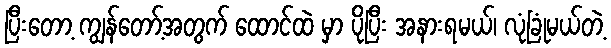
ပြီးတော့ ကျွန်တော့်အတွက် ထောင်ထဲ မှာ ပိုပြီး အနားရမယ်၊ လုံခြုံမယ်တဲ့